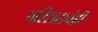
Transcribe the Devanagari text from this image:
परिसराचेही